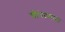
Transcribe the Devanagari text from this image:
श्रीवेदमाता